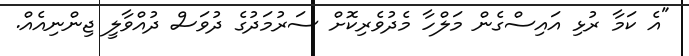
"އެ ކަމާ ރުޅި އައިސްގެން މަލްހާ މެދުވެރިކޮށް ސަރުމަދުގެ ދުވަސް ދުއްވާލީ ޖިންނިއެއް.